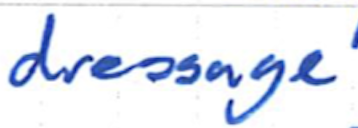
Text: dressage
Cross-out: clean
Writing tool: ballpoint